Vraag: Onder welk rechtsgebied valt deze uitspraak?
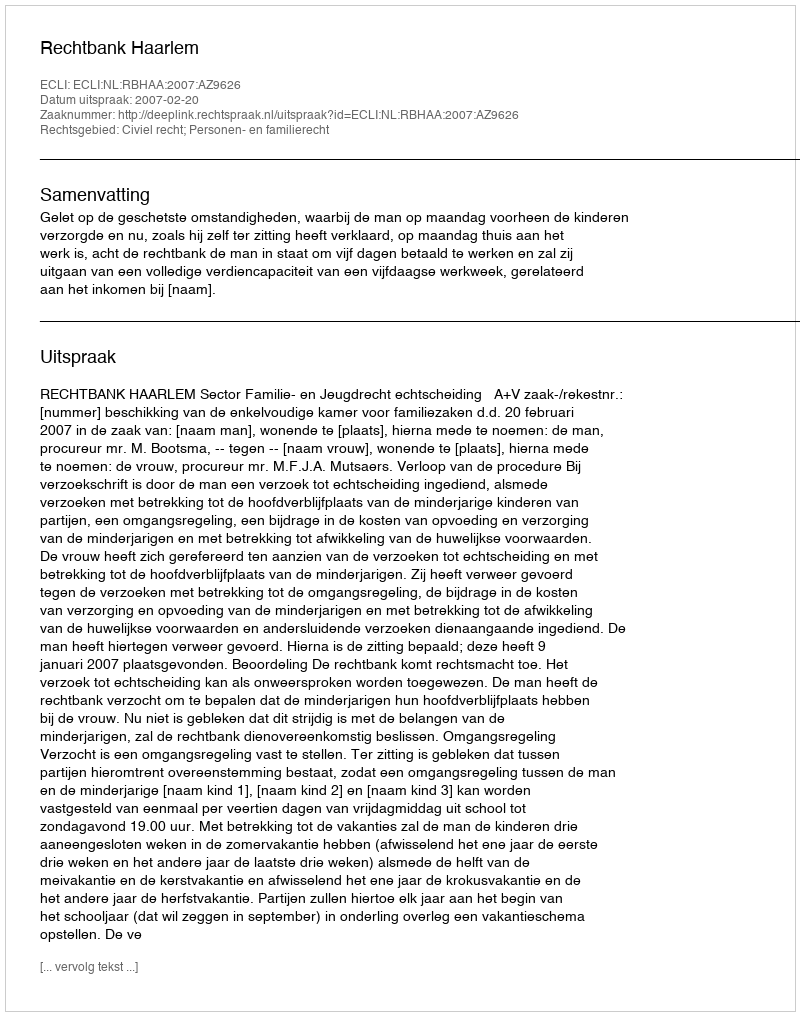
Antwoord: Civiel recht; Personen- en familierecht